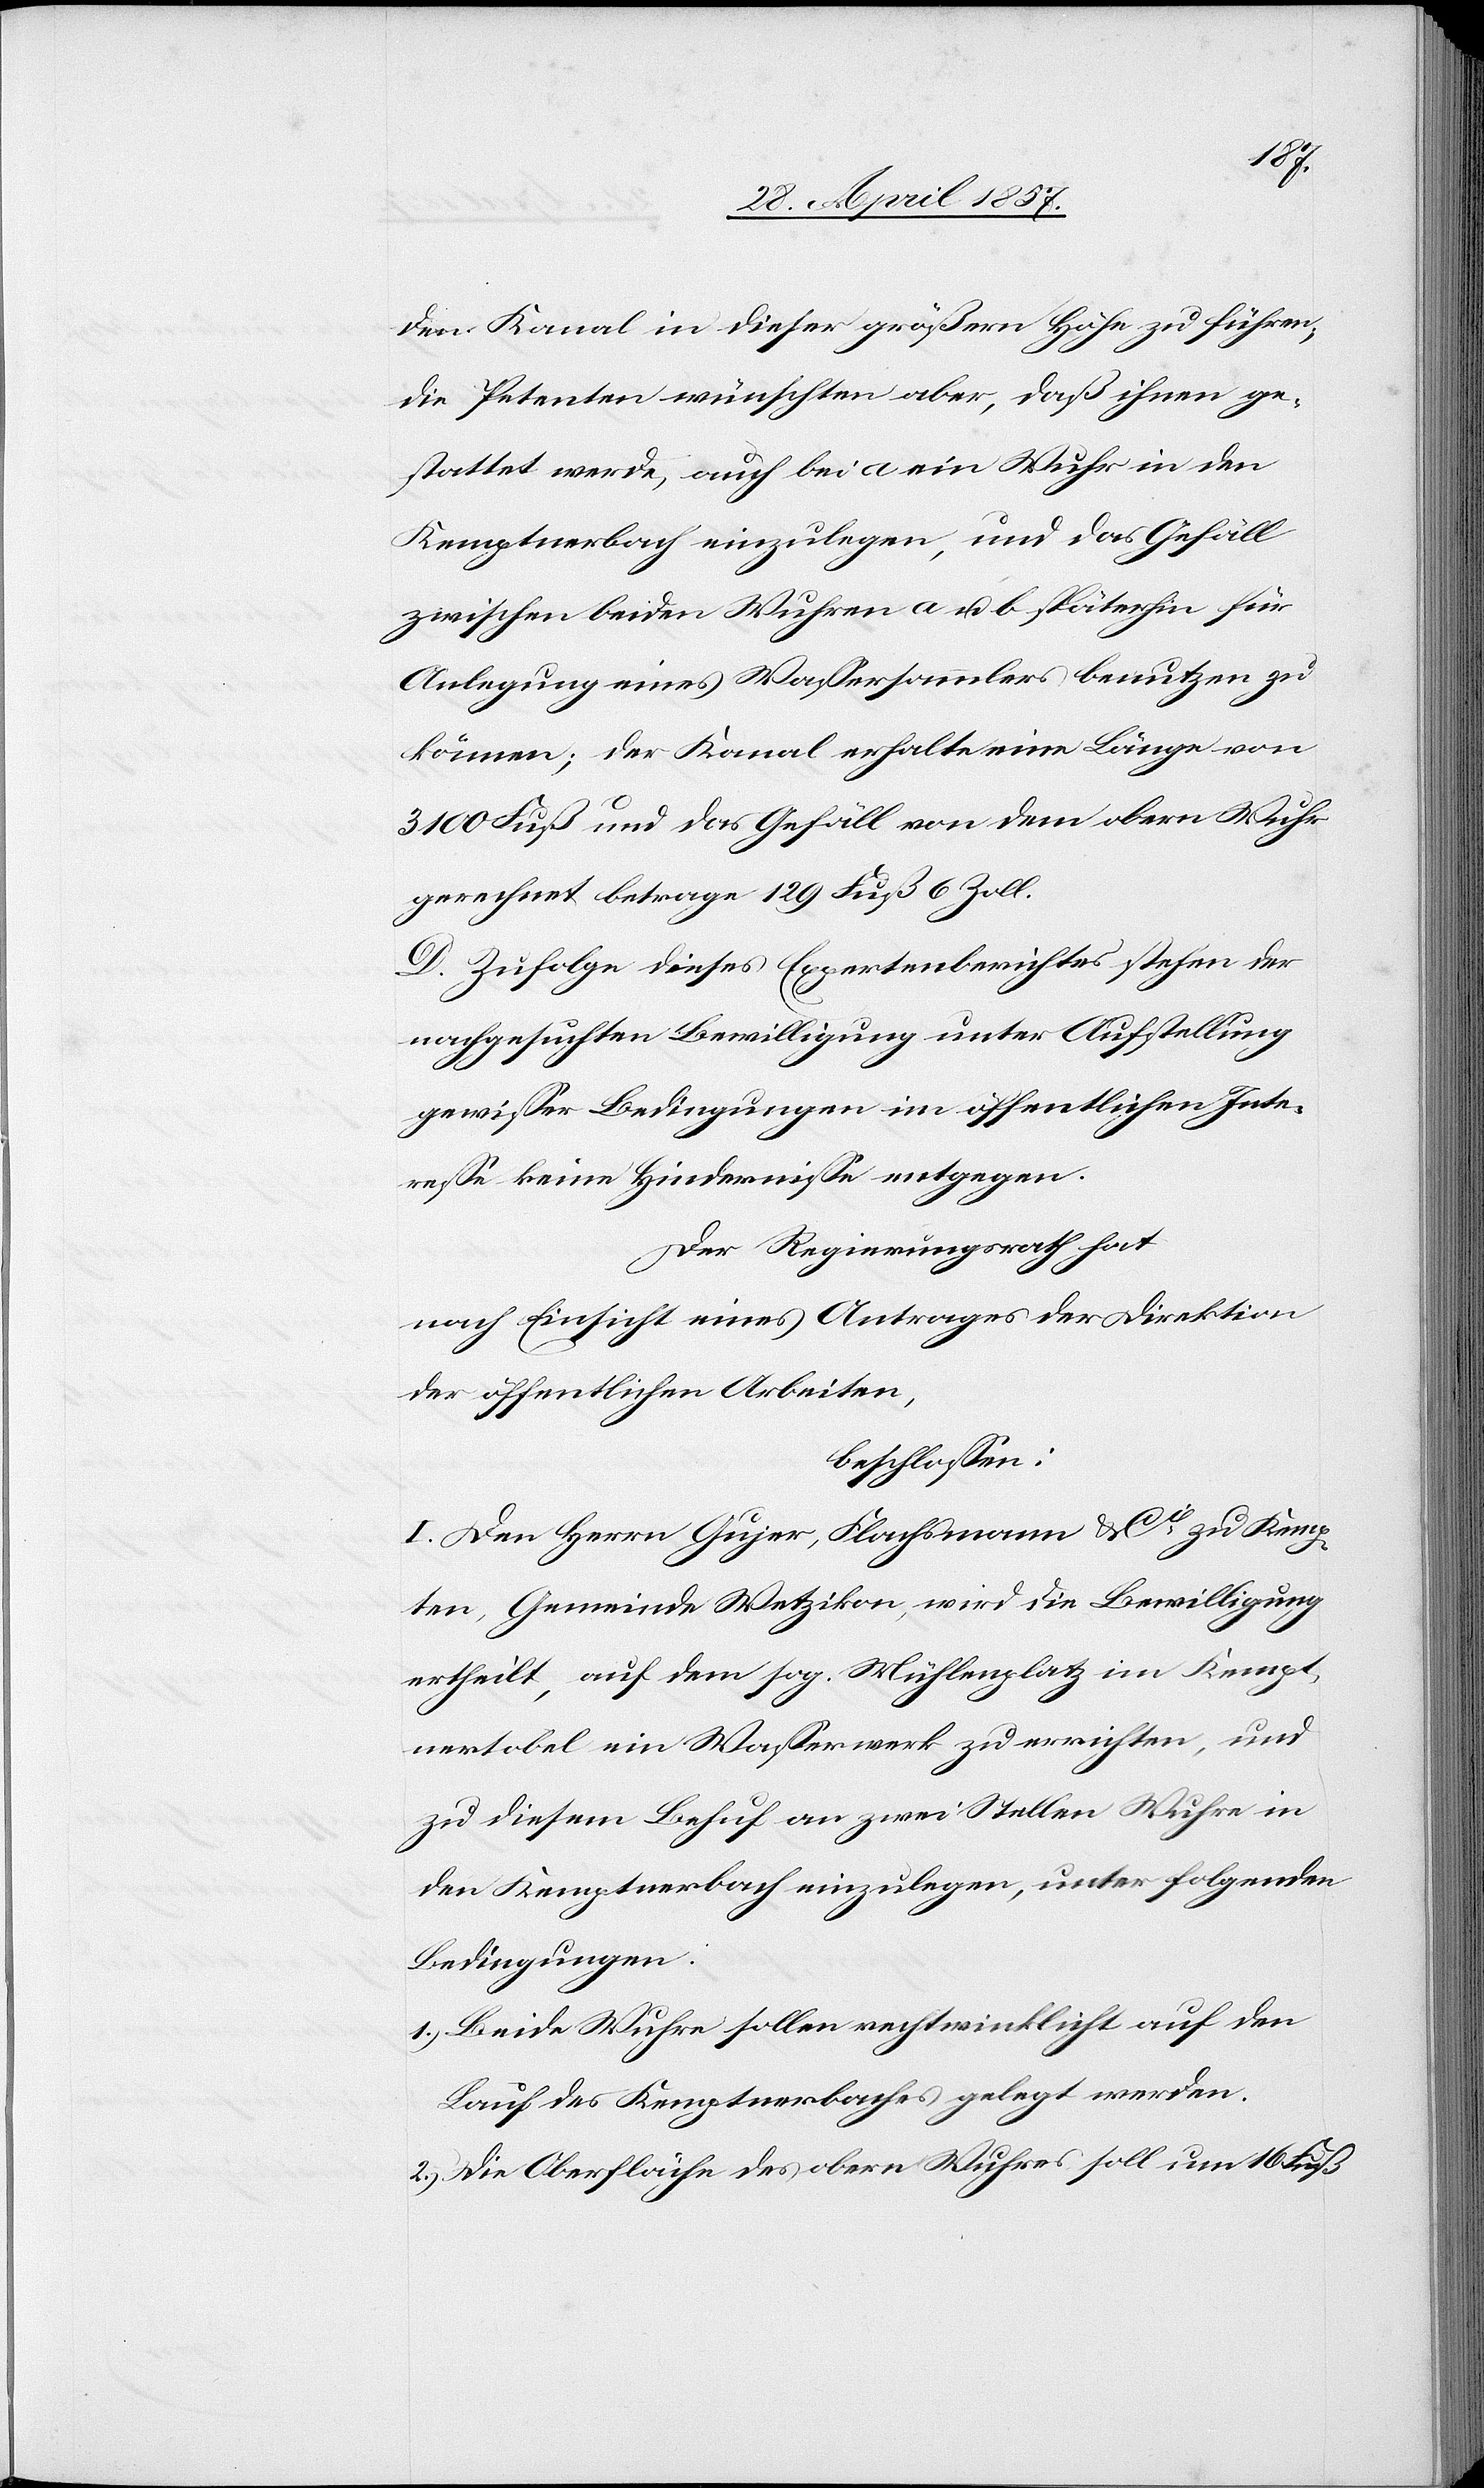
den Kanal in dieser größern Höhe zu führen,
die Petenten wünschten aber, daß ihnen ge¬
stattet werde, auch bei a ein Wuhr in den
Kemptnerbach einzulegen, und das Gefäll
zwischen beiden Wuhren a u. b späterhin für
Anlegung eines Waßersammlers benutzen zu
können; der Kanal erhalte eine Länge von
3100 Fuß und das Gefäll von dem obern Wuhr
gerechnet betrage 129 Fuß 6 Zoll.
D. Zufolge dieses Expertenberichtes stehen der
nachgesuchten Bewilligung unter Aufstellung
gewißer Bedingungen im öffentlichen Inte¬
reße keine Hinderniße entgegen.
Der Regierungsrath hat
nach Einsicht eines Antrages der Direktion
der öffentlichen Arbeiten,
beschloßen:
I. Den Herrn Gujer, Flachsmann u. Cie zu Kemp¬
ten, Gemeinde Wetzikon, wird die Bewilligung
ertheilt, auf dem sog. Mühlenplatz im Kempt¬
nertobel ein Waßerwerk zu errichten, und
zu diesem Behuf an zwei Stellen Wuhre in
den Kemptnerbach einzulegen, unter folgenden
Bedingungen:
1.) Beide Wuhre sollen rechtwinklicht auf den
Lauf des Kemptnerbaches gelegt werden.
2.) Die Oberfläche des obern Wuhres soll um 16 Fuß